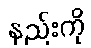
နည်းကို